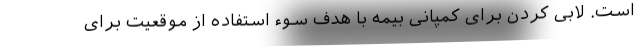
است. لابی کردن برای کمپانی بیمه با هدف سوء استفاده از موقعیت برای